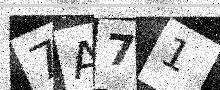
Text: 7A71